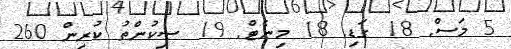
5 މަސް